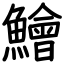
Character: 鱠